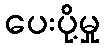
ပေးပို့မှု